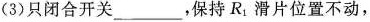
(3)只闭合开关___，保持R_{1}滑片位置不动，